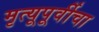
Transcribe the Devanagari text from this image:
मृत्यूपूर्वीचा